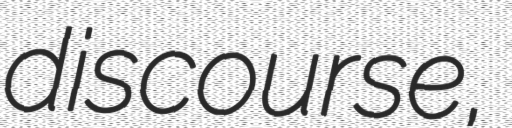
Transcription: discourse,